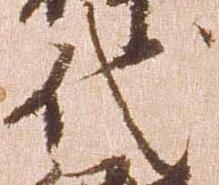
代